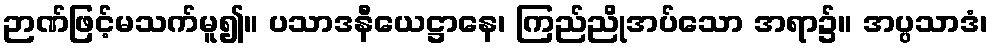
ဉာဏ်ဖြင့်မသက်မူ၍။ ပသာဒနီယေဋ္ဌာနေ၊ ကြည်ညိုအပ်သော အရာ၌။ အပ္ပသာဒံ၊